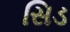
સિડ